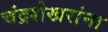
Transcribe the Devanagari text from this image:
चंद्रशेखरांना